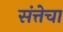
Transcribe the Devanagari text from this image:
संत्तेचा